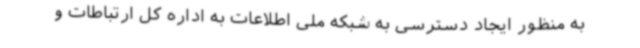
به منظور ایجاد دسترسی به شبکه ملی اطلاعات به اداره کل ارتباطات و